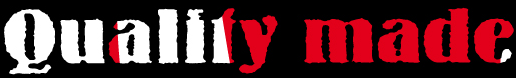
Quality made